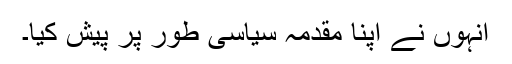
انہوں نے اپنا مقدمہ سیاسی طور پر پیش کیا۔